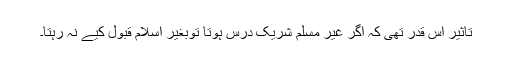
تاثیر اس قدر تھی کہ اگر غیر مسلم شریکِ درس ہوتا توبغیر اسلام قبول کیے نہ رہتا۔